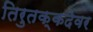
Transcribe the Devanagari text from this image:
तिरुतक्कदेवर